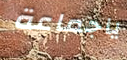
ياجماعة